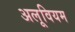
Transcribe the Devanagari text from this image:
अलूवियम